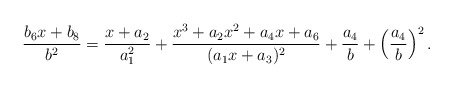
\begin{align*}\frac{b_6x+b_8}{b^2} = \frac{x+a_2}{a_1^2} + \frac{x^3+a_2x^2+a_4x+a_6}{(a_1x+a_3)^2} + \frac{a_4}{b}+\left(\frac{a_4}{b} \right)^2.\end{align*}